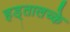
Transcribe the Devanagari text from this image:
हड्तालच्के